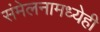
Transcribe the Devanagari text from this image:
संमेलनामध्येही